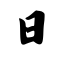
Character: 日